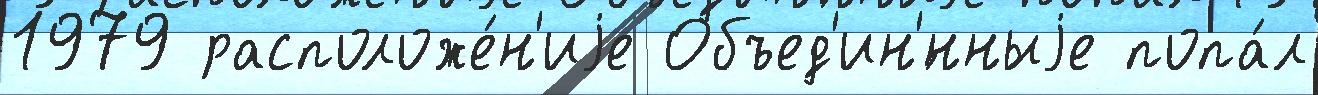
1979 расположе́н'иjе Объед'ин'́нныjе попа́л